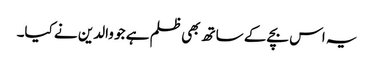
یہ اس بچے کے ساتھ بھی ظلم ہے جو والدین نے کیا۔